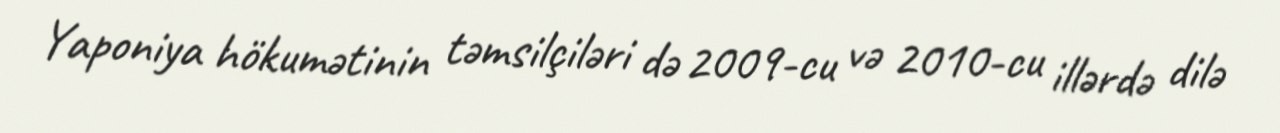
Yaponiya hökumətinin təmsilçiləri də 2009-cu və 2010-cu illərdə dilə